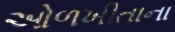
ઓળખીતાના